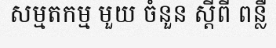
សម្មតកម្ម មួយ ចំនួន ស្តីពី ពន្លឺ